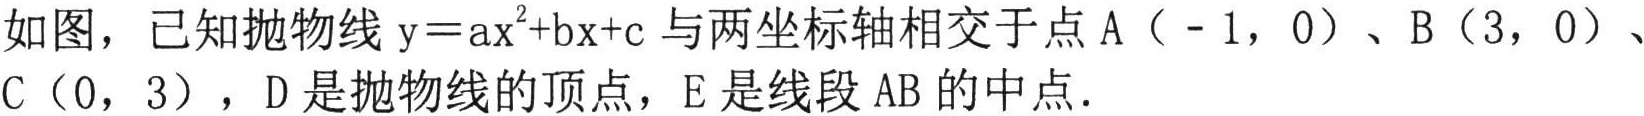
如图，已知抛物线\(y = ax^{2}+bx + c\)与两坐标轴相交于点\(A(-1,0)\)、\(B(3,0)\)、\(C(0,3)\)，\(D\)是抛物线的顶点，\(E\)是线段\(AB\)的中点．